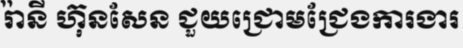
រ៉ានី ហ៊ុនសែន ជួយជ្រោមជ្រែងការងារ